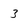
Character: 3